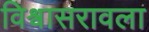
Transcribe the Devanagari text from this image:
विश्वासरावला